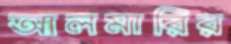
আলমারির